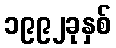
၁၉၉၂ခုနှစ်